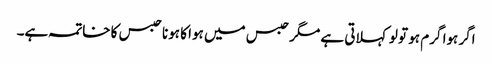
اگر ہوا گرم ہو تو لو کہلاتی ہے مگر حبس میں ہوا کا ہونا حبس کا خاتمہ ہے۔